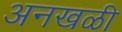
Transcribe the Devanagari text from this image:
अनखळी